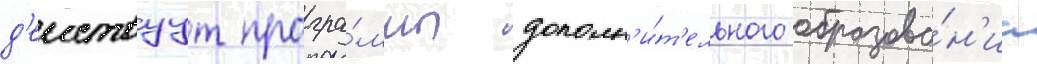
д'еиствуут програ́ммы дополн'и́т'ельного образова́н'иа